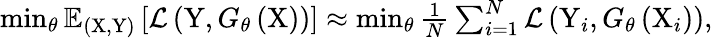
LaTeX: \begin{array}{r}{\operatorname*{min}_{\theta}\mathbb{E}_{(\mathrm{X},\mathrm{Y})}\left[\mathcal{L}\left(\mathrm{Y},G_{\theta}\left(\mathrm{X}\right)\right)\right]\approx\operatorname*{min}_{\theta}\frac{1}{N}\sum_{i=1}^{N}\mathcal{L}\left(\mathrm{Y}_{i},G_{\theta}\left(\mathrm{X}_{i}\right)\right),}\end{array}